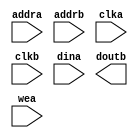
module UI_Text_Scroller_BRAM(
	addra,
	addrb,
	clka,
	clkb,
	dina,
	doutb,
	wea);


input [10 : 0] addra;
input [10 : 0] addrb;
input clka;
input clkb;
input [7 : 0] dina;
output [7 : 0] doutb;
input wea;

// synthesis translate_off

      BLKMEMDP_V6_3 #(
		.c_addra_width(11),
		.c_addrb_width(11),
		.c_default_data("0"),
		.c_depth_a(2048),
		.c_depth_b(2048),
		.c_enable_rlocs(0),
		.c_has_default_data(1),
		.c_has_dina(1),
		.c_has_dinb(0),
		.c_has_douta(0),
		.c_has_doutb(1),
		.c_has_ena(0),
		.c_has_enb(0),
		.c_has_limit_data_pitch(0),
		.c_has_nda(0),
		.c_has_ndb(0),
		.c_has_rdya(0),
		.c_has_rdyb(0),
		.c_has_rfda(0),
		.c_has_rfdb(0),
		.c_has_sinita(0),
		.c_has_sinitb(0),
		.c_has_wea(1),
		.c_has_web(0),
		.c_limit_data_pitch(18),
		.c_mem_init_file("mif_file_16_1"),
		.c_pipe_stages_a(0),
		.c_pipe_stages_b(0),
		.c_reg_inputsa(0),
		.c_reg_inputsb(0),
		.c_sim_collision_check("NONE"),
		.c_sinita_value("0"),
		.c_sinitb_value("0"),
		.c_width_a(8),
		.c_width_b(8),
		.c_write_modea(0),
		.c_write_modeb(0),
		.c_ybottom_addr("0"),
		.c_yclka_is_rising(1),
		.c_yclkb_is_rising(1),
		.c_yena_is_high(1),
		.c_yenb_is_high(1),
		.c_yhierarchy("hierarchy1"),
		.c_ymake_bmm(0),
		.c_yprimitive_type("16kx1"),
		.c_ysinita_is_high(1),
		.c_ysinitb_is_high(1),
		.c_ytop_addr("1024"),
		.c_yuse_single_primitive(0),
		.c_ywea_is_high(1),
		.c_yweb_is_high(1),
		.c_yydisable_warnings(1))
	inst (
		.ADDRA(addra),
		.ADDRB(addrb),
		.CLKA(clka),
		.CLKB(clkb),
		.DINA(dina),
		.DOUTB(doutb),
		.WEA(wea),
		.DINB(),
		.DOUTA(),
		.ENA(),
		.ENB(),
		.NDA(),
		.NDB(),
		.RFDA(),
		.RFDB(),
		.RDYA(),
		.RDYB(),
		.SINITA(),
		.SINITB(),
		.WEB());


// synthesis translate_on

// XST black box declaration
// box_type "black_box"
// synthesis attribute box_type of UI_Text_Scroller_BRAM is "black_box"

endmodule